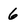
Character: 6